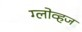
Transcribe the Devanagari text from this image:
ग्लोव्हज